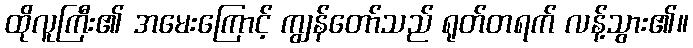
ထိုလူကြီး၏ အမေးကြောင့် ကျွန်တော်သည် ရုတ်တရက် လန့်သွား၏။